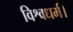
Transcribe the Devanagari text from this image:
विश्वधर्म।